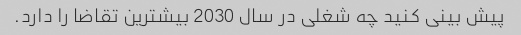
پیش بینی کنید چه شغلی در سال 2030 بیشترین تقاضا را دارد.